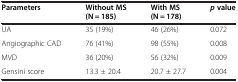
<table><thead><tr><td><b>Parameters</b></td><td><b>Without MS (N = 185)</b></td><td><b>With MS (N = 178)</b></td><td><b><i>p</i>value</b></td></tr></thead><tbody><tr><td>UA</td><td>35 (19%)</td><td>46 (26%)</td><td>0.072</td></tr><tr><td>Angiographic CAD</td><td>76 (41%)</td><td>98 (55%)</td><td>0.008</td></tr><tr><td>MVD</td><td>36 (20%)</td><td>56 (32%)</td><td>0.009</td></tr><tr><td>Gensini score</td><td>13.3 ± 20.4</td><td>20.7 ± 27.7</td><td>0.004</td></tr></tbody></table>